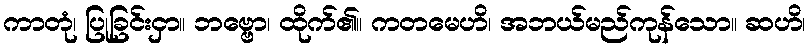
ကာတုံ၊ ပြုခြင်းငှာ။ ဘဗ္ဗော၊ ထိုက်၏။ ကတမေဟိ၊ အဘယ်မည်ကုန်သော။ ဆဟိ၊